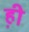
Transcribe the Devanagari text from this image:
ह़ी